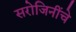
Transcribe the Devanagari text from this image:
सरोजिनींचे